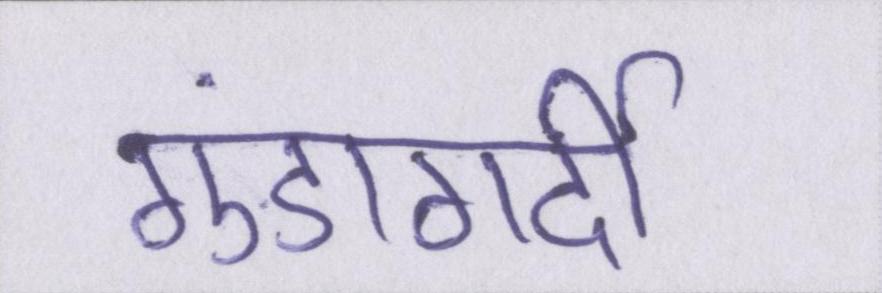
गुंडागर्दी